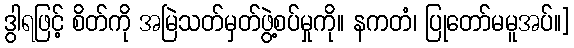
ဒွါရဖြင့် စိတ်ကို အမြဲသတ်မှတ်ဖွဲ့စပ်မှုကို။ နကတံ၊ ပြုတော်မမူအပ်။]